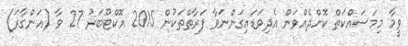
ވީމާ މިމަސައްކަތް ކޮށްދެއްވަން އެދިވަޑައިގަންނަވާ ފަރާތްތަކުން 2015 އޮކްޓޫބަރު 27 ވާ (އަންގާރަ)